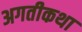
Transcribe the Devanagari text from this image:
अगतीकथा